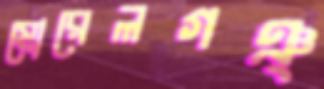
মোরেলগঞ্